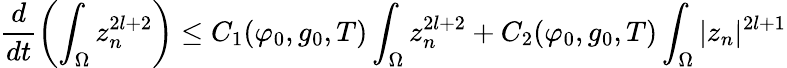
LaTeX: \frac{d}{dt}\left(\int_{\Omega}z_{n}^{2l+2}\right)\leq C_{1}(\varphi_{0},g_{0},T)\int_{\Omega}z_{n}^{2l+2}+C_{2}(\varphi_{0},g_{0},T)\int_{\Omega}|z_{n}|^{2l+1}